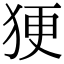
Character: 㹴